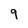
Character: 9